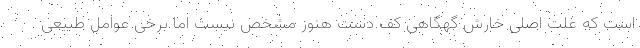
است که علت اصلی خارش گهگاهی کف دست هنوز مشخص نیست اما برخی عوامل طبیعی